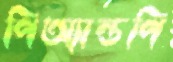
পিঅ্যান্ডপি